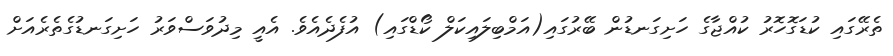
ތެރޭގައި ކުޑަގޮހޮރު ކުއްޖާގެ ހަށިގަނޑުން ބޭރުގައި(އަމްބިލައިކަލް ކޯޑްގައި) އުފެދެއެވެ. އެއީ މިދުވަސްވަރު ހަށިގަނޑުގެތެރެއަށް